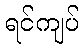
ရင်ကျပ်